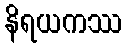
နိရယကဿ